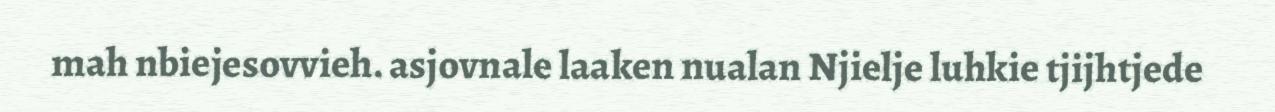
mah nbiejesovvieh. asjovnale laaken nualan Njielje luhkie tjijhtjede